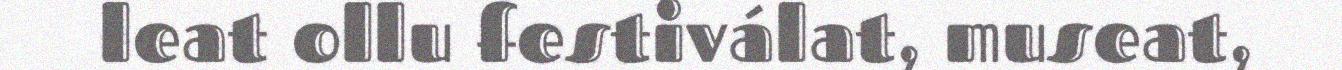
leat ollu festiválat, museat,